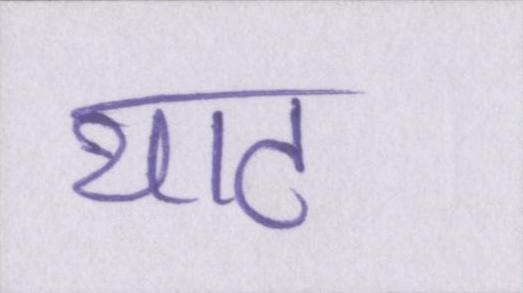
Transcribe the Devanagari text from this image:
थाट